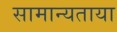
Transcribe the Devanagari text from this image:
सामान्यताया